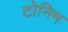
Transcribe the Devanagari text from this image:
टोनिम